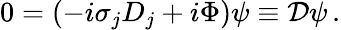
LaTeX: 0=(-i\sigma_{j}D_{j}+i\Phi)\psi\equiv{\cal D}\psi\, .